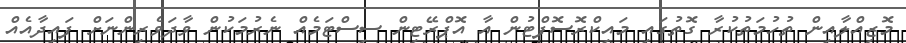
މޮޒިއްލާއިން ތުހުމަތުކުރާ ގޮތުގައި މައިކްރޮސޮފްޓުން އާ އޮޕްރޭޓިން ސިސްޓަމެއް ނެރުމަކުން ވާދަވެރިންނަށް ފައިދާއެއް